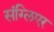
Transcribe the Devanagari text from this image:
संग्लिएर